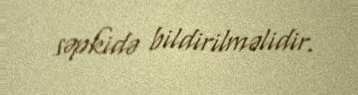
səpkidə bildirilməlidir.